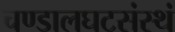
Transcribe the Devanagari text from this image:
चण्डालघटसंस्थं